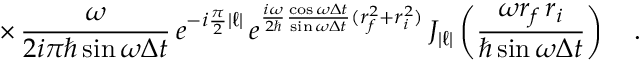
\times \, \frac { \omega } { 2 i \pi \hbar \sin \omega \Delta t } \, e ^ { - i \frac { \pi } { 2 } | \ell | } \, e ^ { \frac { i \omega } { 2 \hbar } \frac { \cos \omega \Delta t } { \sin \omega \Delta t } ( r _ { f } ^ { 2 } + r _ { i } ^ { 2 } ) } \, J _ { | \ell | } \left( \frac { \omega r _ { f } \, r _ { i } } { \hbar \sin \omega \Delta t } \right) \ \ \ .